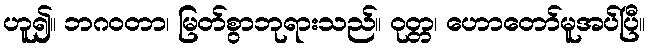
ဟူ၍။ ဘဂဝတာ၊ မြတ်စွာဘုရားသည်။ ဝုတ္တ၊ ဟောတော်မူအပ်ပြီ။